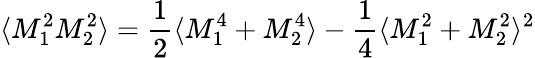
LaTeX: \langle M_{1}^{2}M_{2}^{2}\rangle=\frac{1}{2}\langle M_{1}^{4}+M_{2}^{4}\rangle-\frac{1}{4}\langle M_{1}^{2}+M_{2}^{2}\rangle^{2}